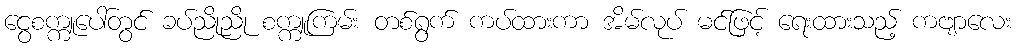
ငွေစက္ကူပေါ်တွင် ခပ်ညိုညို စက္ကူကြမ်း တစ်ရွက် ကပ်ထားကာ အိမ်လုပ် မင်ဖြင့် ရေးထားသည့် ကဗျာလေး